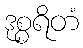
ဒုစ္စရိတံ